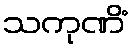
သကုဏိံ